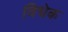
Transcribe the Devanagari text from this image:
विधेक